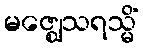
မဇ္ဈေသရသ္မိံ